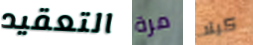
التعقيد مرة كيلا